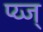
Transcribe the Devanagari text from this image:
प्य्ज्